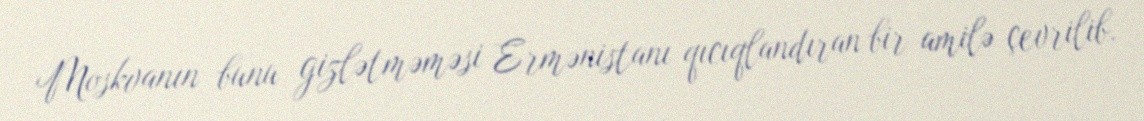
Moskvanın bunu gizlətməməsi Ermənistanı qıcıqlandıran bir amilə çevrilib.